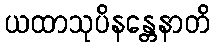
ယထာသုပိနန္တေနာတိ